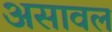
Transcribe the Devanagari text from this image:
असावल